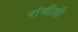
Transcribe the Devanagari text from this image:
रांचीशी